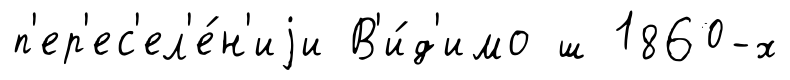
п'ер'ес'ел'е́н'иjи В'и́д'имо ш 1860-х